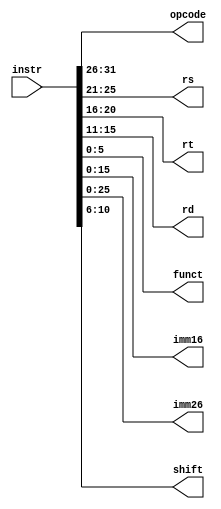
`timescale 1ns / 1ps
//////////////////////////////////////////////////////////////////////////////////
// Company: 
// Engineer: 
// 
// Design Name: 
// Module Name:    Cut 
// Project Name: 
// Target Devices: 
// Tool versions: 
// Description: 
//
// Dependencies: 
//
// Revision: 
// Revision 0.01 - File Created
// Additional Comments: 
//
//////////////////////////////////////////////////////////////////////////////////
module Cut(
	input [31:0] instr,
	output [5:0] opcode,
	output [4:0] rs,
	output [4:0] rt,
	output [4:0] rd,
	output [5:0] funct,
	output [15:0] imm16,
	output [25:0] imm26,
	output [4:0] shift
    );
	
	assign opcode=instr[31:26];
	assign rs=instr[25:21];
	assign rt=instr[20:16];
	assign rd=instr[15:11];
	assign funct=instr[5:0];
	assign imm16=instr[15:0];
	assign imm26=instr[25:0];
	assign shift=instr[10:6];
	
endmodule